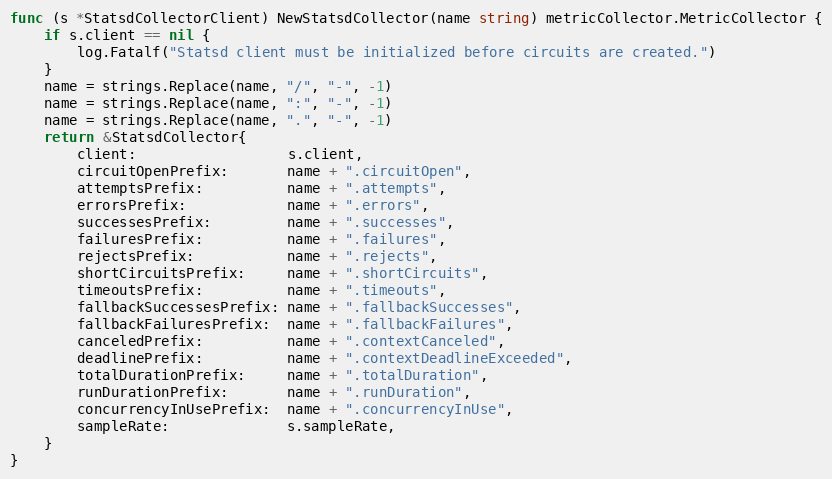
Language: Go
func (s *StatsdCollectorClient) NewStatsdCollector(name string) metricCollector.MetricCollector {
	if s.client == nil {
		log.Fatalf("Statsd client must be initialized before circuits are created.")
	}
	name = strings.Replace(name, "/", "-", -1)
	name = strings.Replace(name, ":", "-", -1)
	name = strings.Replace(name, ".", "-", -1)
	return &StatsdCollector{
		client:                  s.client,
		circuitOpenPrefix:       name + ".circuitOpen",
		attemptsPrefix:          name + ".attempts",
		errorsPrefix:            name + ".errors",
		successesPrefix:         name + ".successes",
		failuresPrefix:          name + ".failures",
		rejectsPrefix:           name + ".rejects",
		shortCircuitsPrefix:     name + ".shortCircuits",
		timeoutsPrefix:          name + ".timeouts",
		fallbackSuccessesPrefix: name + ".fallbackSuccesses",
		fallbackFailuresPrefix:  name + ".fallbackFailures",
		canceledPrefix:          name + ".contextCanceled",
		deadlinePrefix:          name + ".contextDeadlineExceeded",
		totalDurationPrefix:     name + ".totalDuration",
		runDurationPrefix:       name + ".runDuration",
		concurrencyInUsePrefix:  name + ".concurrencyInUse",
		sampleRate:              s.sampleRate,
	}
}